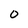
Character: O